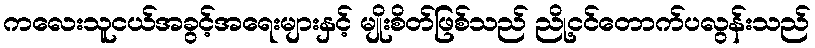
ကလေးသူငယ်အခွင့်အရေးများနှင့် မျိုးစိတ်ဖြစ်သည် ညို့ငင်တောက်ပလွန်းသည်